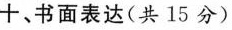
十、书面表达(共15分)